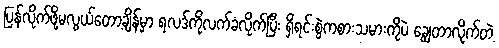
ပြန်လိုက်ဖို့မလွယ်တော့ချိန်မှာ ရလဒ်ကိုလက်ခံလိုက်ပြီး ရှိရင်းစွဲကစားသမားကိုပဲ ချွေတာလိုက်တဲ့